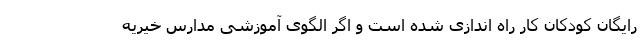
رایگان کودکان کار راه اندازی شده است و اگر الگوی آموزشی مدارس خیریه